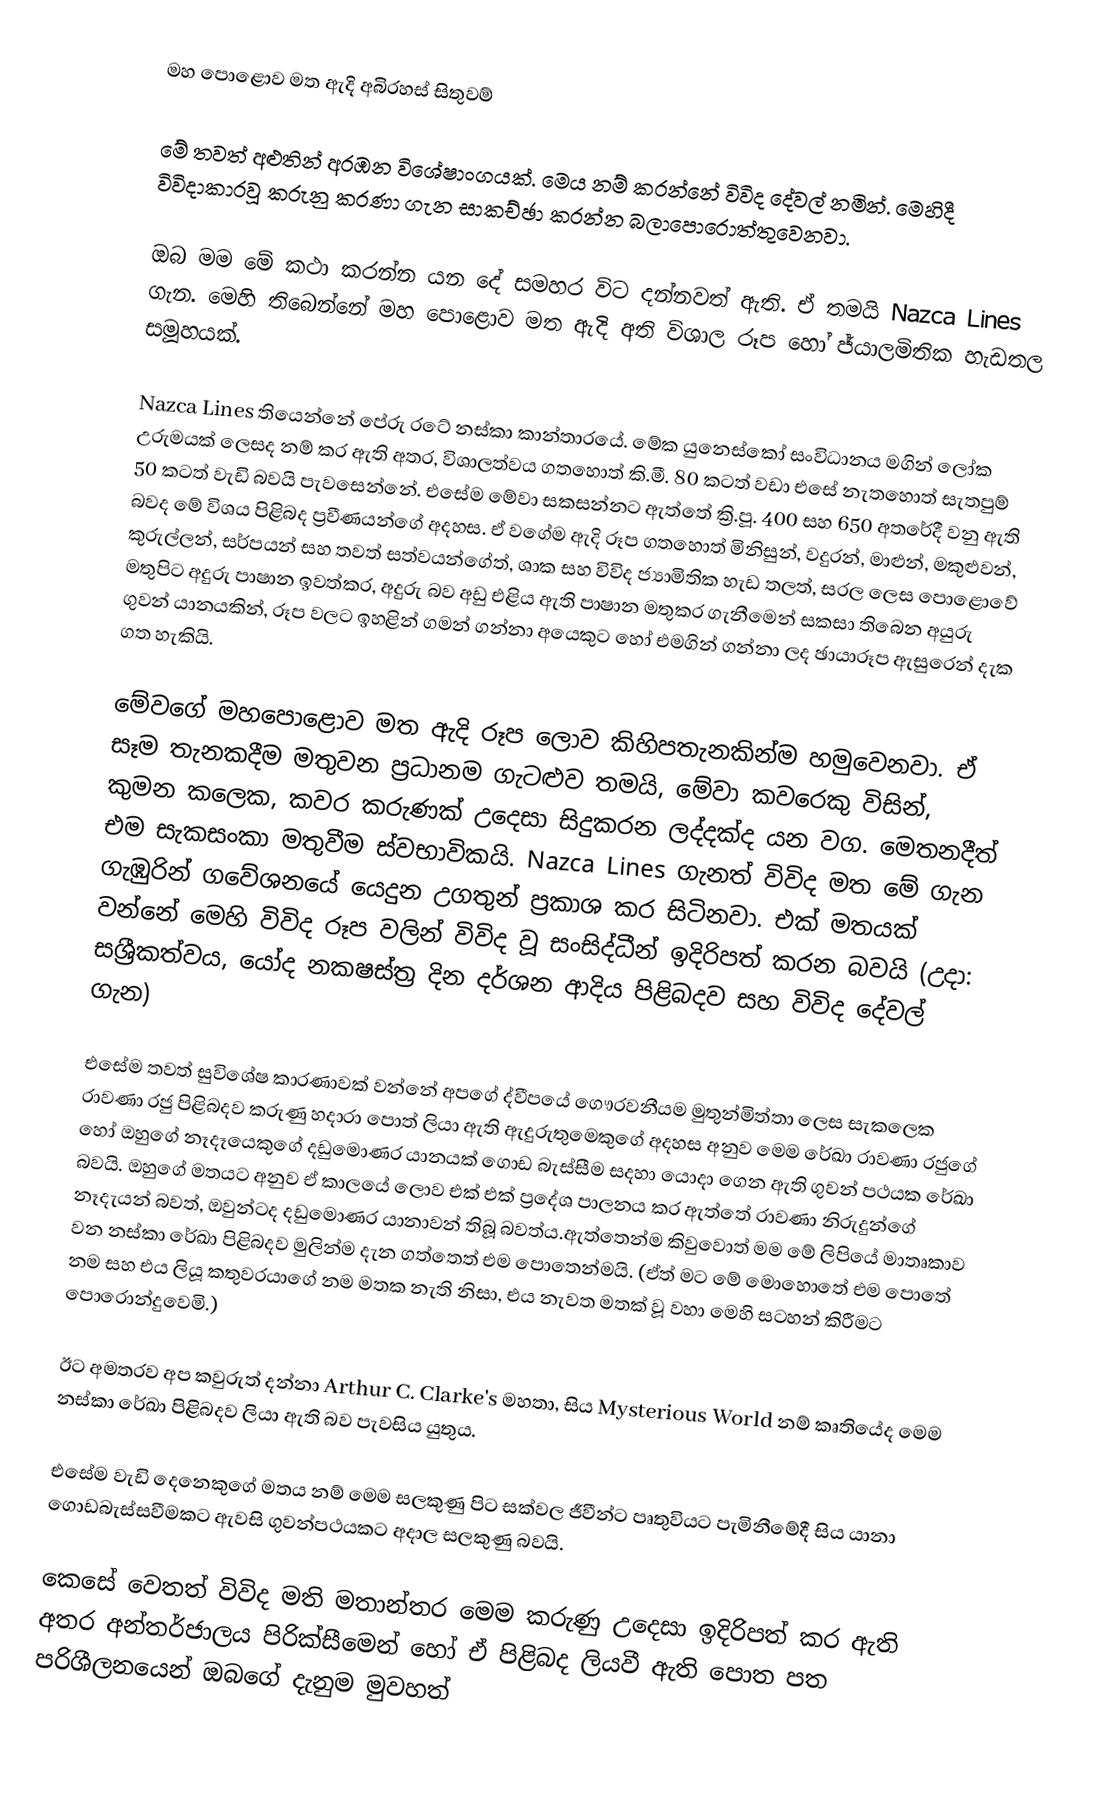
මහ‍ පොළොව මත ඇදි අබිරහස් සිතුවම්

මේ තවත් අළුතින් අරඹන විශේෂාංගයක්. මෙය නම් කරන්නේ විවිද දේවල් නමින්. මෙහිදී ‍විවිදාකාරවූ කරුනු කරණා ගැන සාකච්ඡා කරන්න බලාපොරොත්තුවෙනවා.

ඔබ මම මේ කථා කරන්න යන දේ සමහර විට දන්නවත් ඇති. ඒ තමයි Nazca Lines ගැන. මෙහි තිබෙන්නේ මහ පොළොව මත ඇදි අති විශාල රූප හෝ ජ්යාලමිතික හැඩතල සමූහයක්.

Nazca Lines තියෙන්නේ පේරු ර‍ටේ නස්කා කාන්තාරයේ. මේක යුනෙස්කෝ සංවිධානය මගින් ලෝක උරුමයක් ලෙසද නම් කර ඇති අතර, විශාලත්වය ගතහොත් ‍කි.මී. 80 කටත් වඩා එසේ නැතහොත් සැතපුම් 50 කටත් වැඩි බවයි පැවසෙන්නේ. එසේම මේවා සකසන්නට ඇත්තේ ක්‍රි.පූ. 400 සහ 650 අතරේදී වනු ඇති බවද මේ විශය පිළිබද ප්‍රවීණයන්ගේ අදහස. ඒ වගේම ඇදි රූප ගතහොත් මිනිසුන්, වදුරන්, මාළුන්, මකුළුවන්, කුරුල්ලන්, සර්පයන් සහ තවත් සත්වයන්ගේත්, ශාක සහ විවිද ජ්‍යාමිතික හැඩ තලත්, සරල ලෙස පොළොවේ මතුපිට අදුරු පාෂාන ඉවත්කර, අදුරු බව අඩු එළිය ඇති පාෂාන මතුකර ගැනීමෙන් සකසා තිබෙන අයුරු ගුවන් යානයකින්, රූප වලට ඉහළින් ගමන් ගන්නා අයෙකුට හෝ එමගින් ගන්නා ලද ඡායාරූප ඇසුරෙන් දැක ගත හැකියි.

මේවගේ මහපොළොව මත ඇදි රූප ලොව කිහිපතැනකින්ම හමුවෙනවා. ඒ සෑම තැනකදීම මතුවන ප්‍රධානම ගැටළුව තමයි, මේවා කවරෙකු විසින්, කුමන කලෙක, කවර කරුණක් උදෙසා සිදුකරන ලද්දක්ද යන වග. මෙතනදීත් එම සැකසංකා මතුවීම ස්වභාවිකයි. Nazca Lines ගැනත් විවිද මත මේ ගැන ගැඹුරින් ගවේශනයේ යෙදුන උගතුන් ප්‍රකාශ කර සිටිනවා. එක් මතයක් වන්නේ මෙහි විවිද රූප වලින් විවිද වූ සංසිද්ධීන් ඉදිරිපත් කරන බවයි (උදා: සශ්‍රීකත්වය, යෝද නකෂස්ත්‍ර දින දර්ශන ආදිය පිළිබදව සහ විවිද දේවල් ගැන)

එසේම තවත් සුවිශේෂ කාරණාවක් වන්නේ අපගේ ද්වීපයේ ගෞරවනීයම මුතුන්මිත්තා ලෙස සැකලෙක රාවණා රජු පිළිබදව කරුණු හදාරා පොත් ලියා ඇති ඇදුරුතුමෙකුගේ අදහස අනුව මෙම රේඛා රාවණා රජුගේ හෝ ඔහුගේ නෑදෑයෙකුගේ දඩුමොණර යානයක් ගොඩ බැස්සීම සදහා යොදා ගෙන ඇති ගුවන් පථයක රේඛා බවයි. ඔහුගේ මතයට අනුව ඒ කාලයේ ලොව එක් එක් ප්‍රදේශ පාලනය කර ඇත්තේ රාවණා නිරුදුන්ගේ නෑදැයන් බවත්, ඔවුන්ටද දඩුමොණර යානාවන් තිබූ බවත්ය.ඇත්තෙන්ම කිවුවොත් මම මේ ලිපියේ මාතෘකාව වන නස්කා රේඛා පිළිබදව මුලින්ම දැන ගත්තෙත් එම පො‍තෙන්මයි. (ඒත් මට මේ මොහොතේ එම පොතේ නම සහ එය ලියූ කතුවරයාගේ නම මතක නැති නිසා, එය නැවත මතක් වූ වහා මෙහි සටහන් කිරීමට පොරොන්දුවෙමි.)

ඊ‍ට අමතරව අප කවුරුත් දන්නා Arthur C. Clarke's මහතා, සිය Mysterious World නම් කෘති‍යේද මෙම නස්කා රේඛා පිළිබදව ලියා ඇති බව පැවසිය යුතුය.

එසේම වැඩි දෙනෙකුගේ මතය නම් මෙම සලකුණු පිට සක්වල ජීවීන්ට පෘතුවියට පැමිනීමේදී සිය යානා ගොඩබැස්සවීමකට ඇවසි ගුවන්පථයකට අදාල සලකුණු බවයි.

කෙසේ වෙතත් විවිද මති මතාන්තර මෙම කරුණු උදෙසා ඉදිරිපත් කර ඇති අතර අන්තර්ජාලය පිරික්සීමෙන් හෝ ඒ පිළිබද ලියවී ඇති පොත පත පරිශීලනයෙන් ඔබගේ දැනුම මුවහත්